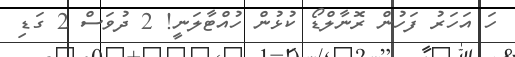
ހަ އަހަރު ފަހުން ރޮނާލްޑޯ ކުޅުން ހުއްޓާލަނީ! 2 ދުވަސް 2 ގަޑި